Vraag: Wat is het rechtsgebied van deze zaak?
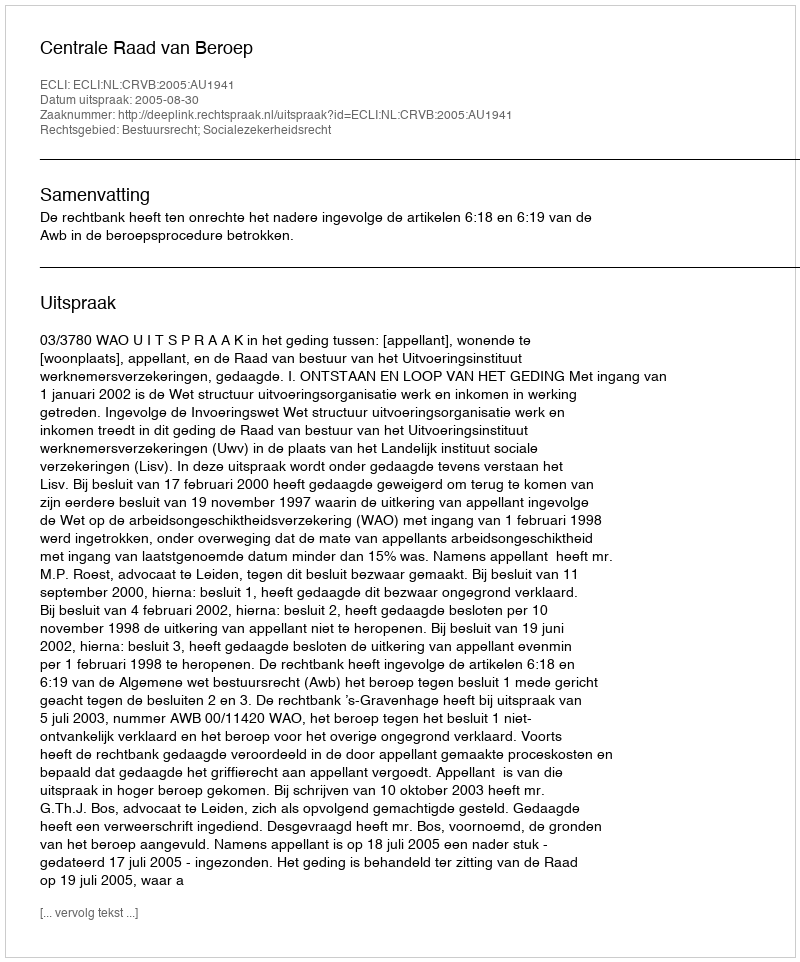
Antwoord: Bestuursrecht; Socialezekerheidsrecht